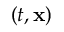
( t , \bf { x } )